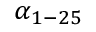
\alpha _ { 1 - 2 5 }